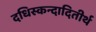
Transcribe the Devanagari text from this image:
दधिस्कन्दादितीर्थ